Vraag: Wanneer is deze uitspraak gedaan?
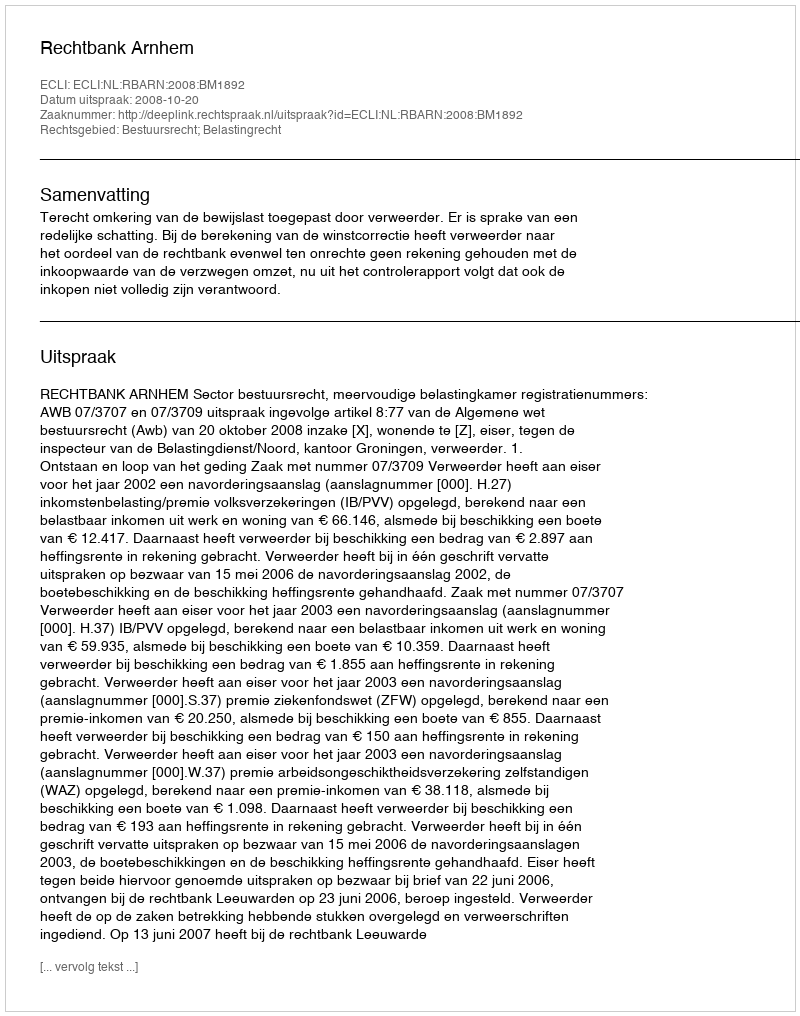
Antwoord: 2008-10-20